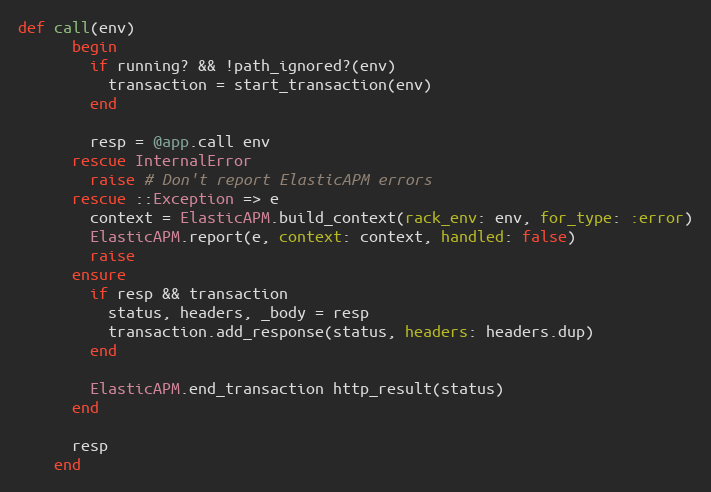
Language: Ruby
def call(env)
      begin
        if running? && !path_ignored?(env)
          transaction = start_transaction(env)
        end

        resp = @app.call env
      rescue InternalError
        raise # Don't report ElasticAPM errors
      rescue ::Exception => e
        context = ElasticAPM.build_context(rack_env: env, for_type: :error)
        ElasticAPM.report(e, context: context, handled: false)
        raise
      ensure
        if resp && transaction
          status, headers, _body = resp
          transaction.add_response(status, headers: headers.dup)
        end

        ElasticAPM.end_transaction http_result(status)
      end

      resp
    end